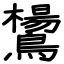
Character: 鸉